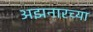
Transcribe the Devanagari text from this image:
अझनारच्या